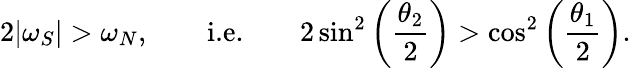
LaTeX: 2|\omega_{S}|>\omega_{N},\qquad\textnormal{i.e.}\qquad 2\sin^{2}\left(\frac{\theta_{2}}{2}\right)>\cos^{2}\left(\frac{\theta_{1}}{2}\right).